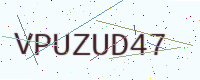
Text: VPUZUD47